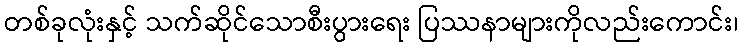
တစ်ခုလုံးနှင့် သက်ဆိုင်သောစီးပွားရေး ပြဿနာများကိုလည်းကောင်း၊